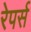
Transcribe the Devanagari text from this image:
रेपर्स